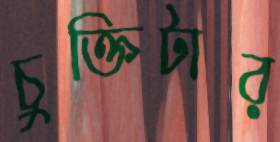
চুক্তিটার